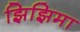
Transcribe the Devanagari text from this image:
झिझिमा